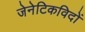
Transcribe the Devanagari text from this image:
जेनेटिकविदों